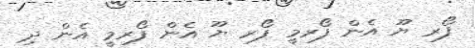
ފޯރ ޔޫ އެން ފޯރމީ ފޯރ ޔޫ އެން ފޯރމީ އެން ދި